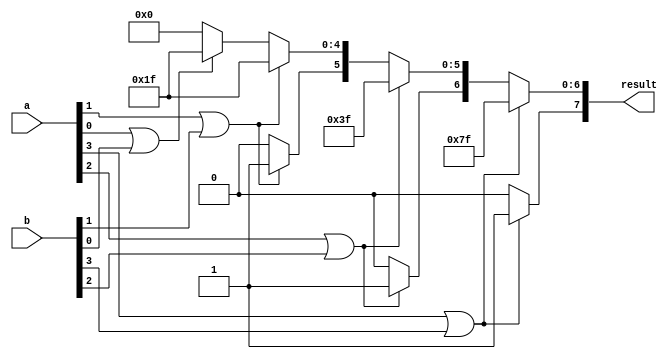
module unmul_4(input [3:0] a,input [3:0] b, output reg [7:0] result);

always@(*) begin
 if (a[3] | b[3]) begin
   result[7:0] = 'hFF;
 end
 else begin
   result[7] = 'b0;
   if (a[2] | b[2]) begin
     result[6:0] = 'h7F;
   end
   else begin
     result[6] = 'b0;
     if (a[1] | b[1]) begin
       result[5:0] = 'h3F;
     end
     else begin
       result[5] = 'b0;
       if (a[0] | b[0]) begin
         result[4:0] = 'h1F;
       end
       else begin
         result[4:0] = 'h0;
       end
     end
   end
 end
end

endmodule